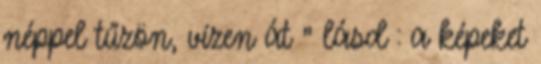
néppel tűzön, vízen át ” lásd : a képeket